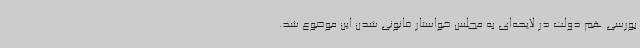
بورسی هم دولت در لایحه‌ای به مجلس خواستار قانونی شدن این موضوع شد.